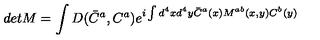
d e t M = \int D ( \bar { C } ^ { a } , C ^ { a } ) e ^ { i \int d ^ { 4 } x d ^ { 4 } y \bar { C } ^ { a } ( x ) M ^ { a b } ( x , y ) C ^ { b } ( y ) }